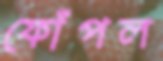
ফোঁপল